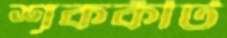
শূককীট